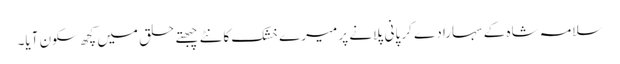
سلامہ شاہ کے سہارا دے کر پانی پلانے پر میرے خشک کانٹے چبھتے حلق میں کچھ سکون آیا۔